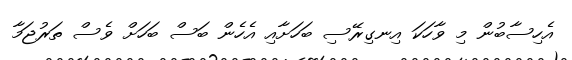
އެހިސާބުން މި ވާހަކަ އިނގިރޭސި ބަހަށާއި އެހެން ބަސް ބަހަށް ވެސް ތަރުޖަމާ